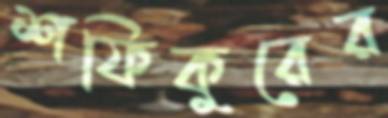
শফিকুরের